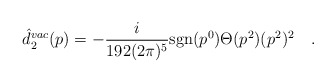
\begin{align*}\hat{d}^{vac}_2(p)=-\frac{i}{192 (2 \pi)^5} \mbox{sgn}(p^0) \Theta(p^2) (p^2)^2 \quad .\end{align*}